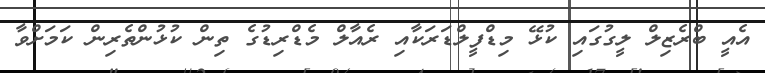
އެއީ ބްރެޒިލް ލީގުގައި ކުޅޭ މިޑްފީލްޑަރަކާއި ރެއާލް މެޑްރިޑުގެ ތިން ކުޅުންތެރިން ކަމަށްވާ